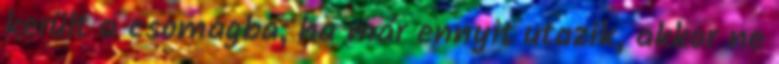
került a csomagba, ha már ennyit utazik, akkor ne